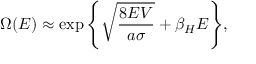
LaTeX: \Omega ( E ) \approx \exp { \left\{ \sqrt { \frac { 8 E V } { a \sigma } } + \beta _ { H } E \right\} } ,